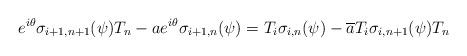
LaTeX: \begin{align*}e^{i\theta}\sigma_{i+1, n+1}(\psi) T_{n} - ae^{i\theta}\sigma_{i+1,n}(\psi) = T_{i} \sigma_{i,n}(\psi) - \overline{a}T_{i}\sigma_{i, n+1}(\psi)T_{n} \end{align*}